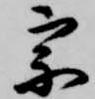
宗